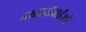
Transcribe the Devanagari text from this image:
मस्तानीबाईंशी